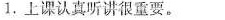
1. 上课认真听讲很重要。